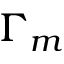
\Gamma _ { m }